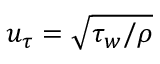
u _ { \tau } = \sqrt { \tau _ { w } / \rho }